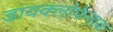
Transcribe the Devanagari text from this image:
डायक्लोफेनाक